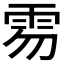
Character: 𩂂